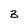
Character: 3